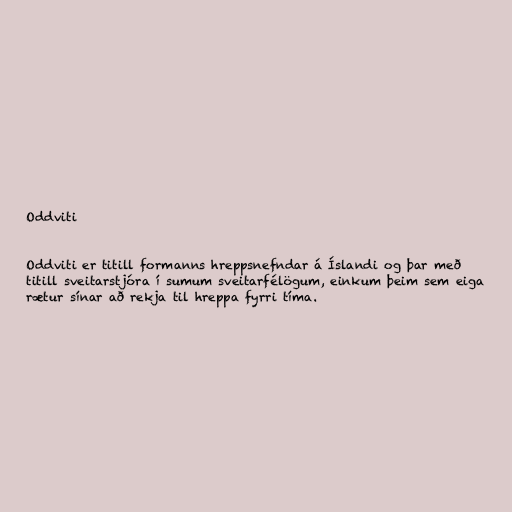
Oddviti

Oddviti er titill formanns hreppsnefndar á Íslandi og þar með
titill sveitarstjóra í sumum sveitarfélögum, einkum þeim sem eiga
rætur sínar að rekja til hreppa fyrri tíma.